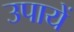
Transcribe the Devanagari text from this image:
उपायें